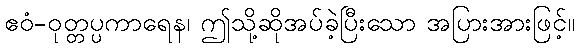
ဧဝံ-ဝုတ္တပ္ပကာရေန၊ ဤသို့ဆိုအပ်ခဲ့ပြီးသော အပြားအားဖြင့်။